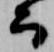
而